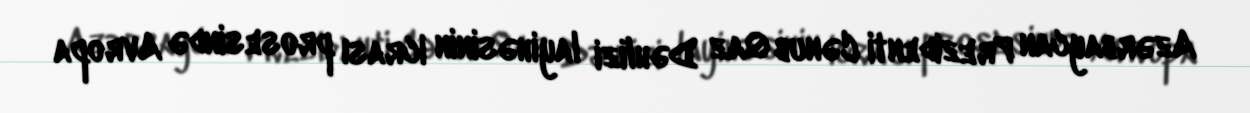
Azərbaycan Prezidenti Cənub Qaz Dəhlizi layihəsinin icrası prosesində Avropa